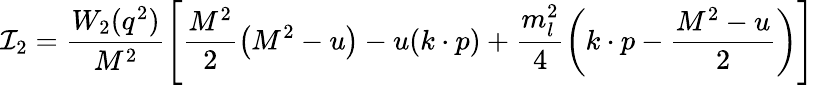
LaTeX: {\cal I}_{2}=\frac{W_{2}(q^{2})}{M^{2}}\left[\frac{M^{2}}{2}\left(M^{2}-u\right)-u(k\cdot p)+\frac{m_{l}^{2}}{4}\left(k\cdot p-\frac{M^{2}-u}{2}\right)\right]